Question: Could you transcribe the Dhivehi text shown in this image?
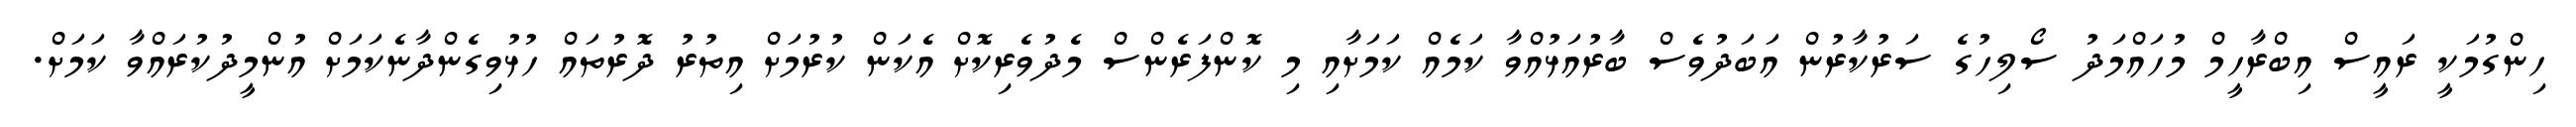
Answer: ހިންގުމަކީ ރައީސް އިބްރާހީމް މުހައްމަދު ސޯލިހުގެ ސަރުކާރުން އަބަދުވެސް ބާރުއަޅުއްވާ ކަމެއް ކަމަށާއި މި ކޮންފަރެންސް މެދުވެރިކޮށް އެކަން ކުރުމަށް އިތުރު ދޮރުތައް ހުޅުވިގެންދާނެކަމަށް އުންމީދުކުރައްވާ ކަމަށް.